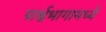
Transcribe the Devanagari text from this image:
पार्श्वभागामध्ये